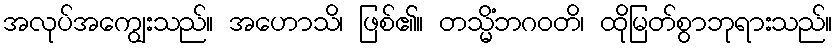
အလုပ်အကျွေးသည်။ အဟောသိ၊ ဖြစ်၏။ တသ္မိံဘဂဝတိ၊ ထိုမြတ်စွာဘုရားသည်။